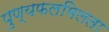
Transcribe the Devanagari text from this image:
पुण्यफलमिलता